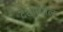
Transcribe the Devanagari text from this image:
देशांम्धील